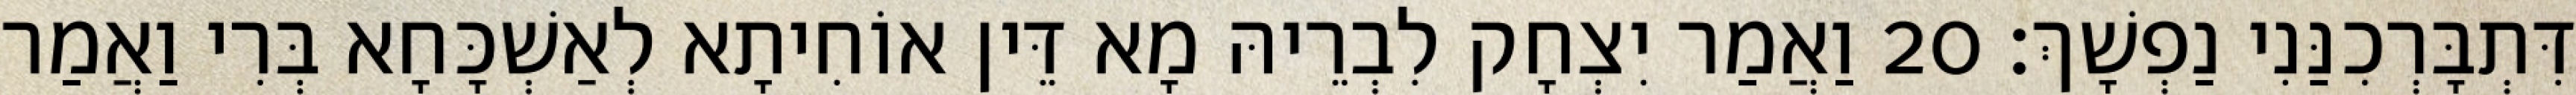
דִּתְבָּרְכִנַּנִי נַפְשָׁךְ׃ 20 וַאֲמַר יִצְחָק לִבְרֵיהּ מָא דֵּין אוֹחִיתָא לְאַשְׁכָּחָא בְּרִי וַאֲמַר